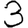
Digit: 3